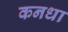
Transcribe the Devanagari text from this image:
कनधा